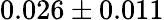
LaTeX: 0.026\pm 0.011